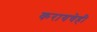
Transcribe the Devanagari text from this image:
करायचेही